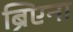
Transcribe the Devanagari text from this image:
ब्रिएना